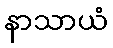
နာသာယံ